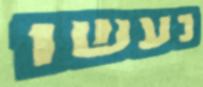
נעשו